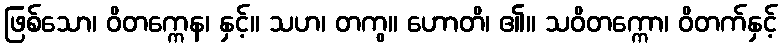
ဖြစ်သော၊ ဝိတက္ကေန၊ နှင့်။ သဟ၊ တကွ။ ဟောတိ၊ ၏။ သဝိတက္ကော၊ ဝိတက်နှင့်